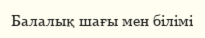
Балалық шағы мен білімі